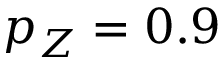
p _ { Z } = 0 . 9